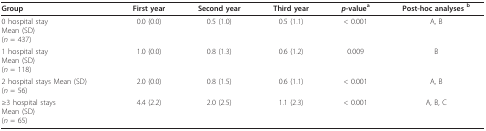
| Group | First year | Second year | Third year | p-valuea | Post-hoc analyses b |
 | --- | --- | --- | --- | --- | --- |
 | 0 hospital stayMean (SD)(n = 437) | 0.0 (0.0) | 0.5 (1.0) | 0.5 (1.1) | < 0.001 | A, B |
 | 1 hospital stayMean (SD)(n = 118) | 1.0 (0.0) | 0.8 (1.3) | 0.6 (1.2) | 0.009 | B |
 | 2 hospital stays Mean (SD)(n = 56) | 2.0 (0.0) | 0.8 (1.5) | 0.6 (1.1) | < 0.001 | A, B |
 | ≥3 hospital staysMean (SD)(n = 65) | 4.4 (2.2) | 2.0 (2.5) | 1.1 (2.3) | < 0.001 | A, B, C |